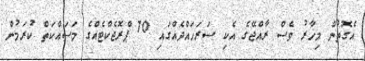
އެގޮތުން މިހާރު ވެސް ރާއްޖޭގެ އެކި ސަރަހައްދެއްގައި 70 ޕްރޮޖެކްޓެއްގެ މަސައްކަތް ކުރަމުން